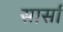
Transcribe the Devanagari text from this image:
सार्सा